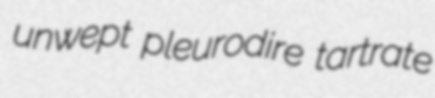
unwept pleurodire tartrate